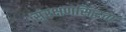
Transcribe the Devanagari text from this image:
संरक्षणसिद्धता